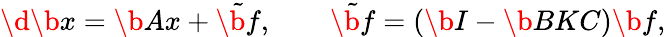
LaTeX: \d{\b{x}}=\b{Ax}+\tilde{\b{f}},\qquad\tilde{\b{f}}=\left(\b{I}-\b{BKC}\right)\b{f},